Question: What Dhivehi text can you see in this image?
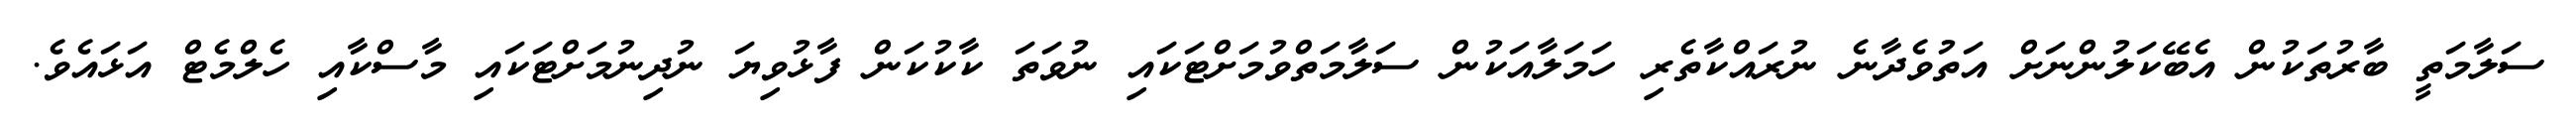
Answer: ސަލާމަތީ ބާރުތަކުން އެބޭކަލުންނަށް އަތުވެދާނެ ނުރައްކާތެރި ހަމަލާއަކުން ސަލާމަތްވުމަށްޓަކައި ނުވަތަ ކާކުކަން ފާޅުވިޔަ ނުދިނުމަށްޓަކައި މާސްކާއި ހެލްމެޓް އަޅައެވެ.